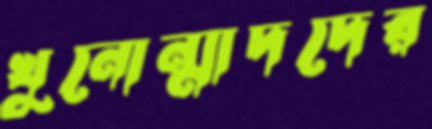
খুনোন্মাদদের